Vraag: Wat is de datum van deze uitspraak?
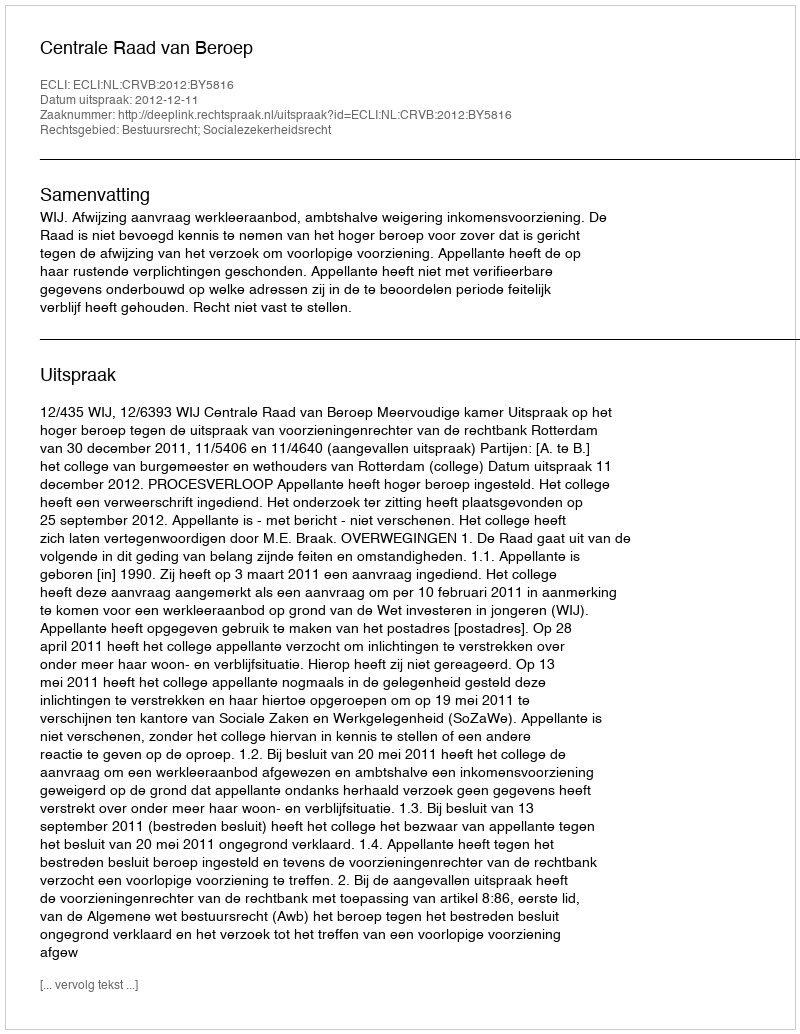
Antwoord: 2012-12-11